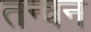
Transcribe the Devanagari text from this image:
तन्वन